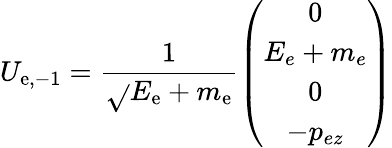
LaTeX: U_{\mathrm{e},-1}=\frac{{1}}{{\sqrt{}{{E_{\mathrm{e}}+m_{\mathrm{e}}}}}}\left(\begin{array}{c}{{0}}\\ {{E_{e}+m_{e}}}\\ {{0}}\\ {{-p_{ez}}}\end{array}\right)